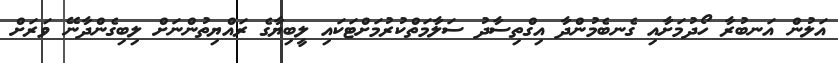
އަލުން އަނބުރާ ހޯދުމަށާއި ގެނބެމުންދާ އިގްތިސާދު ސަލާމަތްކުރުމަށްޓަކައި ލީބިޔާގެ ރައްޔިތުންނަށް ލިބިގެންދާނޭ ވަރަށް